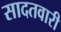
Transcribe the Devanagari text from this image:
सादतवारी